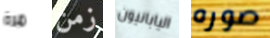
مرة زمن اليابانيون صوره